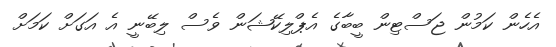
އެހެން ކަމުން ޖަސްޓިން ބީބާގެ އެޕްލިކޭޝަން ވެސް ލިބޭނީ އެ އަގަށް ކަމަށް